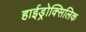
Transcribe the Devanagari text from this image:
हाईड्रोक्सिलिक